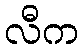
လီက